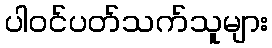
ပါဝင်ပတ်သက်သူများ